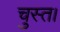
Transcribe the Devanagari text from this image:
चुस्त।